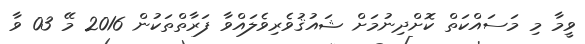
ވީމާ މި މަސައްކަތް ކޮށްދިނުމަށް ޝައުޤުވެރިވެލައްވާ ފަރާތްތަކުން 2016 މޭ 03 ވާ